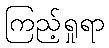
ကြည့်ရှုရာ